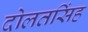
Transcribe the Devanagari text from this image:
दोलतसिंह